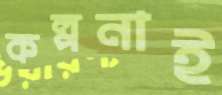
কল্পনাই